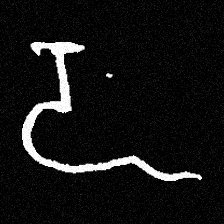
Pyu character \u2014 Myanmar letter: ဍ (romanized: dda)